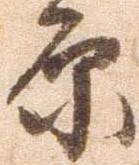
原